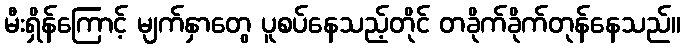
မီးရှိန်ကြောင့် မျက်နှာတွေ ပူစပ်နေသည့်တိုင် တခိုက်ခိုက်တုန်နေသည်။